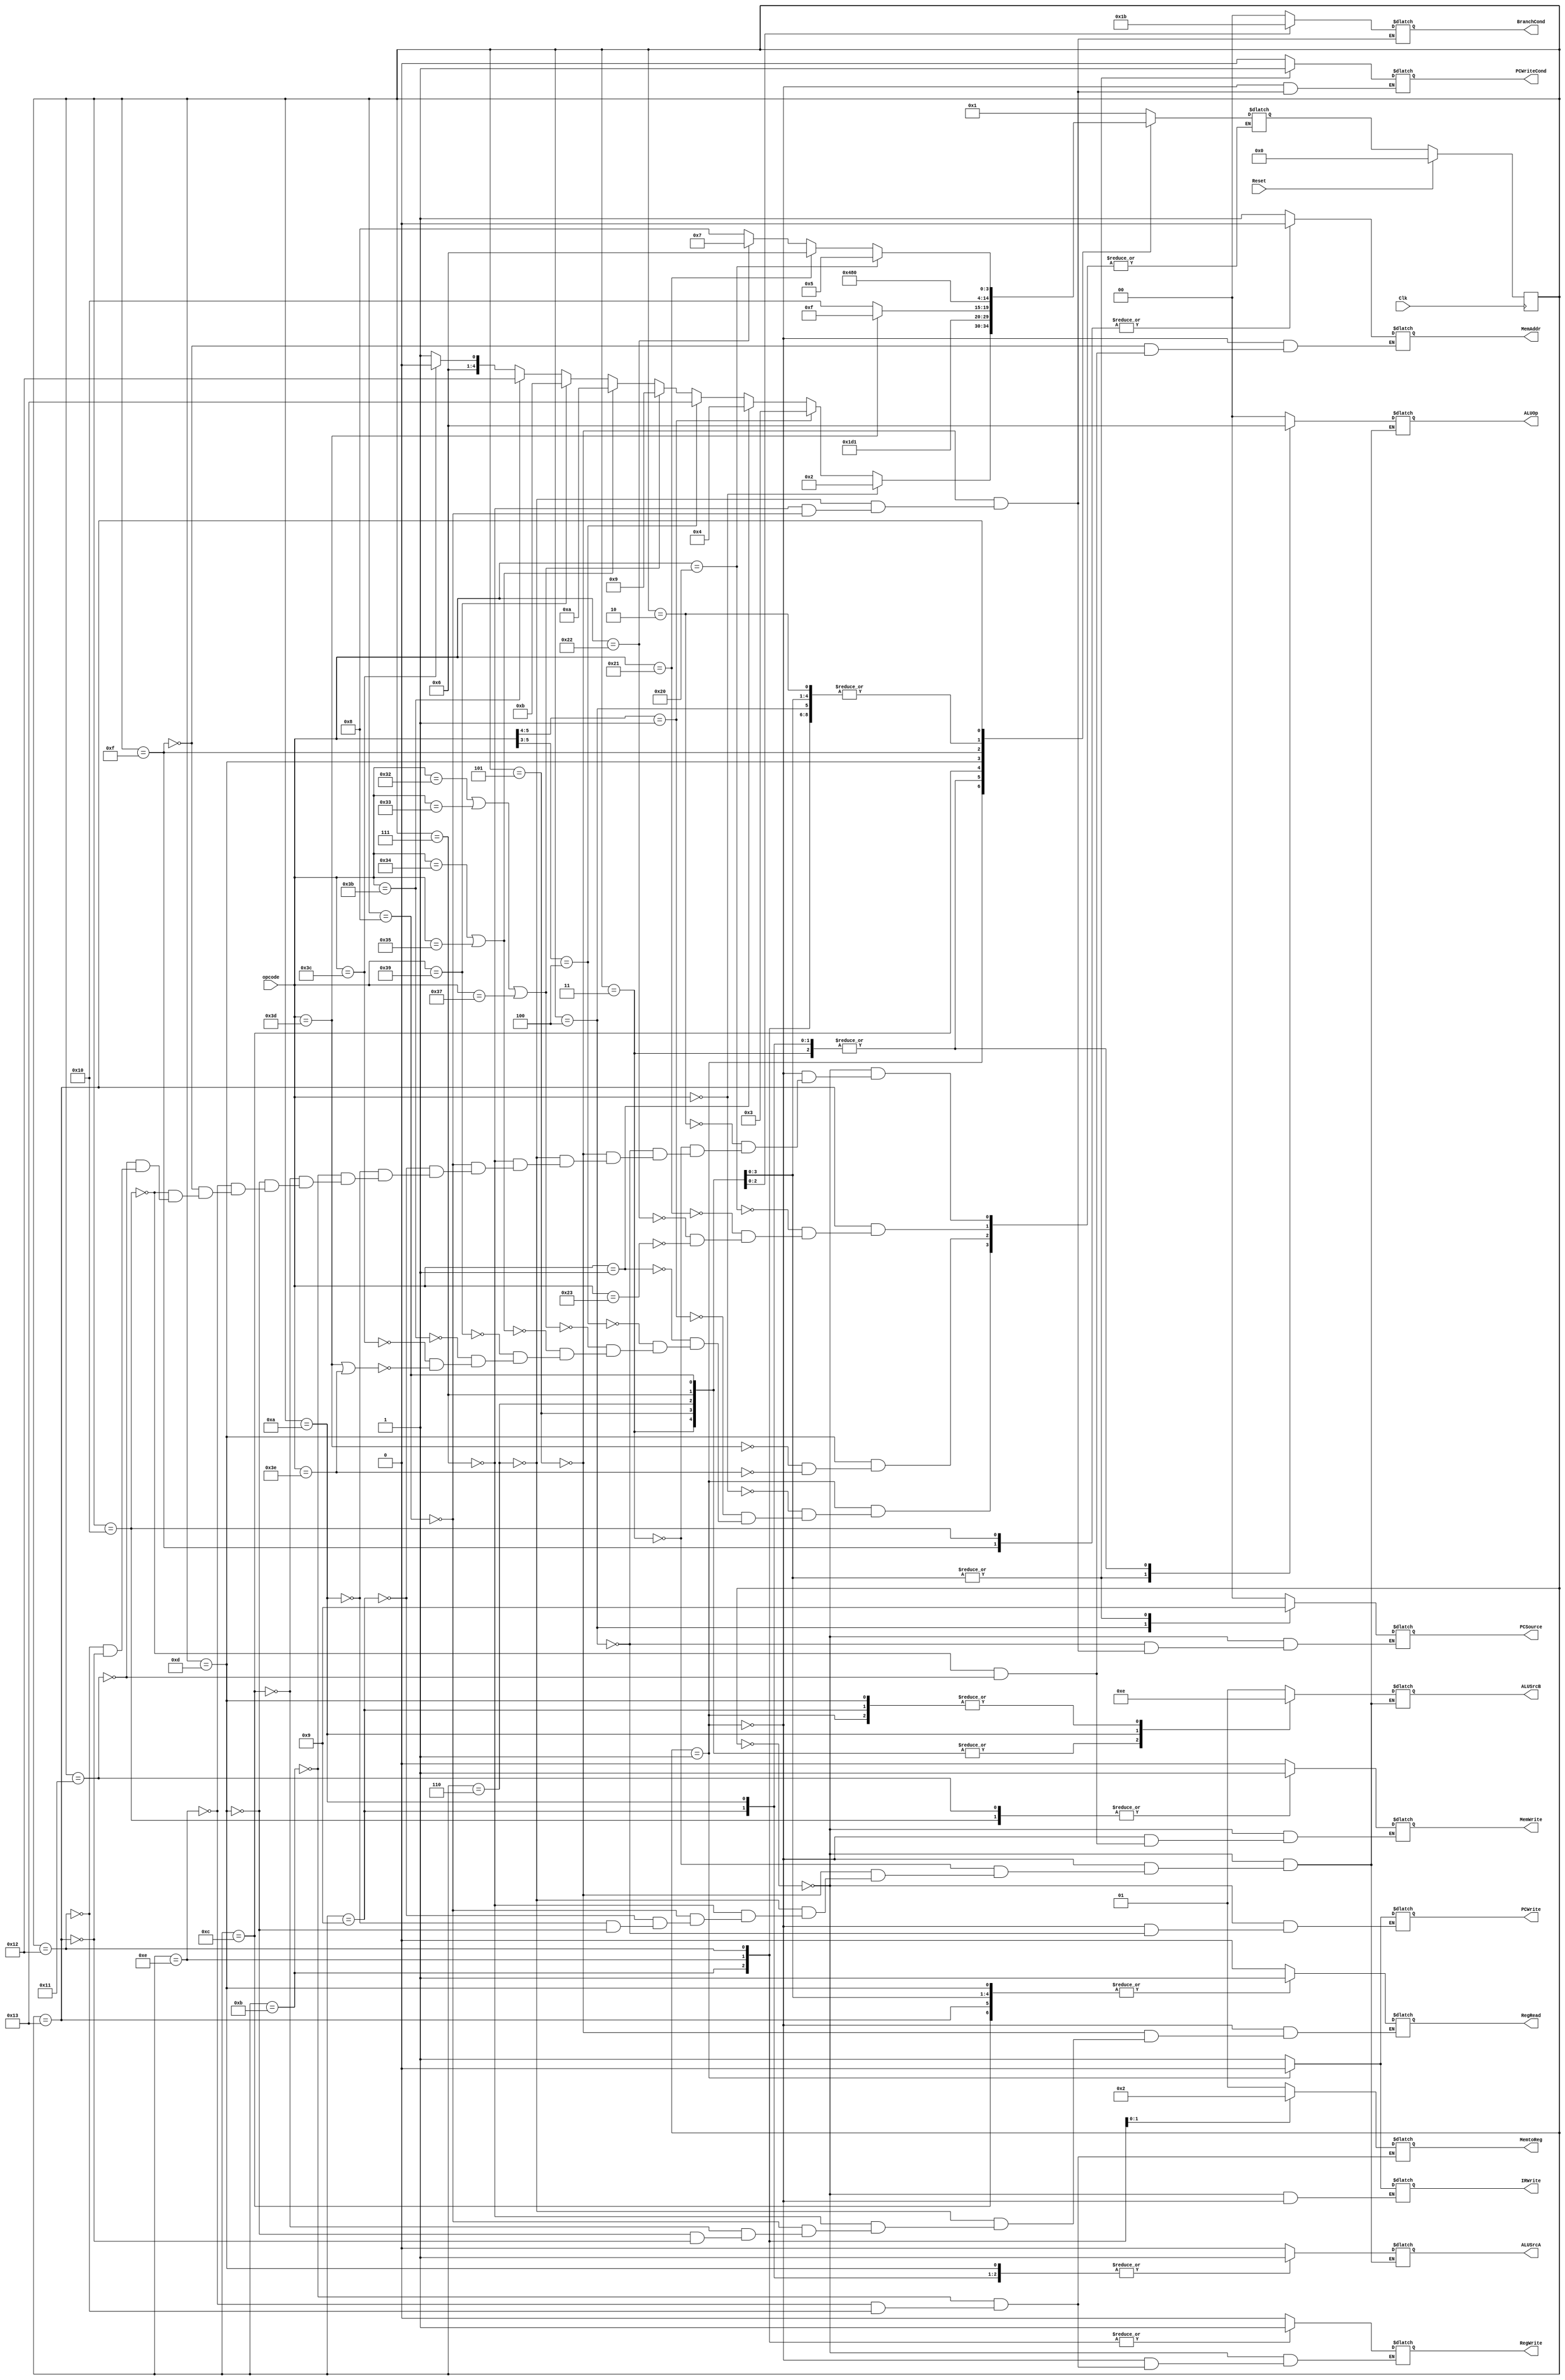
`timescale 1ns / 1ps
//////////////////////////////////////////////////////////////////////////////////
// Company: 
// Engineer: 
// 
// Design Name: 
// Module Name:    Controller 
// Project Name: 
// Target Devices: 
// Tool versions: 
// Description: 
//
// Dependencies: 
//
// Revision: 
// Revision 0.01 - File Created
// Additional Comments: 
//
//////////////////////////////////////////////////////////////////////////////////
module Controller(
	input [5:0] opcode,
	input Clk,
	input Reset,
	output reg PCWrite,
	output reg PCWriteCond,
	output reg [1:0] BranchCond,
	output reg RegRead,
	output reg MemAddr,
	output reg MemWrite,
	output reg [1:0] MemtoReg,
	output reg IRWrite,
	output reg [1:0] PCSource,
	output reg [1:0] ALUOp,
	output reg ALUSrcA,
	output reg [1:0] ALUSrcB,
	output reg RegWrite
   );
	
	reg [4:0] state, next_state;
	 
	always@(posedge Clk)
		begin
		if(Reset)
		begin
		state <= 5'd0;
		end
		else
		begin
		state <= next_state;
		end
		end

	//always @(posedge Clk)
	always@(*)
	begin
		case (state)
			5'd0: begin
					ALUSrcA	<= 0;
					ALUSrcB	<= 2'b01;
					PCWrite 	<= 1;
					RegWrite <= 0;
					MemWrite <= 0;
					IRWrite	<= 1;					
					PCSource <= 2'b00;
					ALUOp 	<= 2'b00;
					//state 	<= 5'd1;
					next_state <= 5'd1;
					end
			5'd1: begin
					ALUSrcA	<= 0;
					ALUSrcB	<= 2'b10;
					ALUOp		<= 2'b00;
					RegRead 	<= 0;
					MemAddr	<= 1;
					PCWrite	<= 0;
					RegWrite <= 0;
					MemWrite <= 0;
					IRWrite	<= 0;
					PCWriteCond <= 0;
					if (opcode == 6'b000000)							//Noop => state 2
						begin
							next_state <= 5'd2;
						end
					else if (opcode[5:4] == 2'b01)					//R-type => state 3
						begin
							next_state <= 5'd3;
						end
					else if (opcode == 6'b000001)						//JMP => state 4
						begin
							next_state <= 5'd4;
						end
					else if (opcode[5:3] == 3'b100)						//BEQ => state 5
						begin
							next_state <= 5'd19;
						end
					else if (opcode == 6'b110010 | opcode == 6'b110011 | opcode == 6'b110111)	//I-type(SE) => state 9
						begin
							next_state <= 5'd9;
						end
					else if (opcode == 6'b110100 | opcode == 6'b110101)	//I-type(ZE) => state 10
						begin
							next_state <= 5'd10;
						end
					else if (opcode == 6'b111001) 	//LI => state 11
						begin	
							next_state <= 5'd11;
						end
					else if (opcode == 6'b111011) 	//LWI => state 18
						begin	
							next_state <= 5'd18;
						end
					else if (opcode == 6'b111100)		//SWI => state 12
						begin
							next_state <= 5'd12;
						end
					else if (opcode == 6'b111101 | opcode == 6'b111110)		//LW | SW => state 13
						begin
							next_state <= 5'd13;
						end
					end
			5'd2: begin
					next_state <= 5'd0;
					end
			5'd3:	begin
					ALUSrcA <= 1;
					ALUSrcB <= 2'b00;
					ALUOp <= 2'b10;
					next_state	<= 5'd14;
					end
			5'd4:	begin
					PCSource <= 2'b10;
					PCWrite <= 1;
					next_state 	<= 4'd0;
					end
			5'd5: begin
					PCSource <= 2'b01;
					RegRead <= 1;
					ALUSrcA <= 1;
					ALUSrcB <= 2'b00;
					ALUOp <= 2'b01;
					PCWriteCond <= 1;
					BranchCond <= 2'b00;
					next_state	<= 4'd0;
					end
			5'd6: begin
					PCSource <= 2'b01;
					RegRead <= 1;
					ALUSrcA <= 1;
					ALUSrcB <= 2'b00;
					ALUOp <= 2'b01;
					PCWriteCond <= 1;
					BranchCond <= 2'b01;
					next_state	<= 4'd0;
					end
			5'd7:	begin
					PCSource <= 2'b01;
					RegRead <= 1;
					ALUSrcA <= 1;
					ALUSrcB <= 2'b00;
					ALUOp <= 2'b01;
					PCWriteCond <= 1;
					BranchCond <= 2'b10;
					next_state		<= 4'd0;
					end
			5'd8: begin
					PCSource <= 2'b01;
					RegRead <= 1;
					ALUSrcA <= 1;
					ALUSrcB <= 2'b00;
					ALUOp <= 2'b01;
					PCWriteCond <= 1;
					BranchCond <= 2'b11;
					next_state	<= 4'd0;
					end
			5'd9: begin
					ALUSrcA <= 1;
					ALUSrcB <= 2'b10;
					ALUOp <= 2'b10;
					next_state	<= 5'd14;
					end
			5'd10: begin
					ALUSrcA	<= 1;
					ALUSrcB 	<= 2'b11;
					ALUOp		<= 2'b10;
					next_state		<= 5'd14;
					end
			5'd11: begin
					RegWrite <= 1;
					MemtoReg <= 2'b01;
					next_state		<= 5'd0;
					end
			5'd12: begin	//SWI
					RegRead <= 1;
					next_state	<= 5'd17;
					end
			5'd13: begin
					ALUSrcA <= 1;
					ALUSrcB	<= 2'b10;
					ALUOp <= 2'b00;
					RegRead <= 1;
					if (opcode == 6'b111101) begin
						next_state	<= 5'd15;
						end
					else if (opcode == 6'b111110) begin
						next_state	<= 5'd16;
						end
					end
			5'd14: begin
					RegWrite <= 1;
					MemtoReg <= 2'b00;
					next_state		<= 5'd0;
					end
			5'd15: begin
					MemAddr <= 0;
					next_state	<= 5'd18;
					end
			5'd16: begin
					MemWrite <= 1;
					MemAddr <= 0;
					next_state <= 5'd0;
					end
			5'd17: begin
					MemWrite <= 1;
					MemAddr <= 1;
					next_state	<= 5'd0;
					end
			5'd18: begin
					MemtoReg <= 2'b10;
					RegWrite <= 1;
					next_state	<= 5'd0;
					end
			5'd19: begin
					RegRead <= 1;
					if (opcode == 6'b100000)						//BEQ => state 5
						begin
							next_state <= 5'd5;
						end
					else if (opcode == 6'b100001)						//BNE => state 6
						begin
							next_state <= 5'd6;
						end
					else if (opcode == 6'b100010)						//BLT => state 7
						begin
							next_state <= 5'd7;
						end
					else if (opcode == 6'b100011)						//BLE => state 8
						begin
							next_state <= 5'd8;
						end
					end
		endcase
	end
endmodule